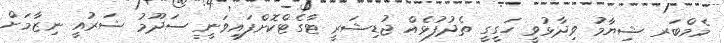
މެމްބަރ ޝިޔާމު ވިދާޅުވީ ހަގީގީ ތެދުފުޅެއް ޖުޑިޝަރީ ޓާގެޓްކޮށްފައިވަނީ ސަދޫމު ޝަރުއީ ނިޒާމަށް